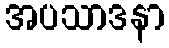
အပသာဒနာ